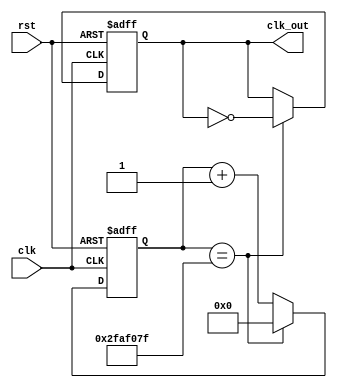
`timescale 1ns / 1ps
//////////////////////////////////////////////////////////////////////////////////
// Company: 
// Engineer: 
// 
// Design Name: 
// Module Name: clkdiv
// Project Name: 
// Target Devices: 
// Tool Versions: 
// Description: 
// 
// Dependencies: 
// 
// Revision:
// Revision 0.01 - File Created
// Additional Comments:
// 
//////////////////////////////////////////////////////////////////////////////////


module clkdiv #(parameter n = 50000000)
(input clk, rst, output reg clk_out);parameter WIDTH = $clog2(n);
reg [WIDTH-1:0] count;
// Big enough to hold the maximum possible value// Increment count
always @ (posedge clk, posedge rst) begin
if (rst == 1'b1) count <= 32'b0;
else if (count == n-1)
 count <= 32'b0;
else
 count <= count + 1;
end
// Handle the output clock
always @ (posedge clk, posedge rst) begin
if (rst) // Asynchronous Reset
 clk_out <= 0;
else if (count == n-1)
 clk_out <= ~ clk_out;
end
endmodule